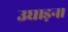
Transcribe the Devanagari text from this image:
उघाड़ना